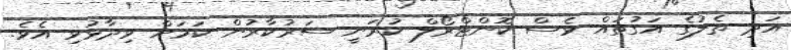
އަދި ތެލުގެ އަގުތައް ވެސް ކޮންޓްރޯލް ކުރަނީ ސަރުކާރުން ކަމަށް ވިދާޅުވި އެވެ.